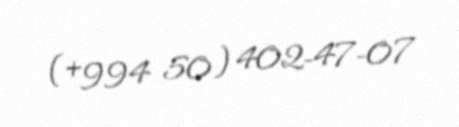
(+994 50) 402-47-07